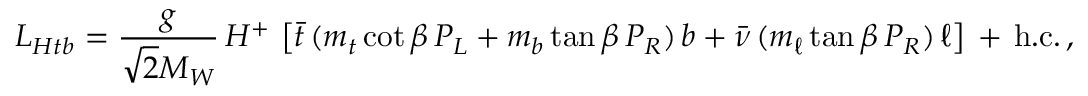
{ \cal L } _ { H t b } = { \frac { g } { \sqrt { 2 } M _ { W } } } \, H ^ { + } \, \left[ \bar { t } \, ( m _ { t } \cot \beta \, P _ { L } + m _ { b } \tan \beta \, P _ { R } ) \, b + \bar { \nu } \, ( m _ { \ell } \tan \beta \, P _ { R } ) \, \ell \right] \, + \, \mathrm { h . c . } \, ,